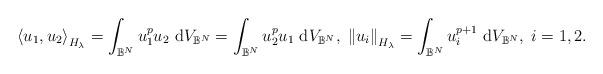
LaTeX: \begin{align*}\left\langle u_{1}, u_{2}\right\rangle_{H_{\lambda}}=\int_{\mathbb{B}^{N}} u_{1}^{p} u_{2} \mathrm{~d} V_{\mathbb{B}^{N}}=\int_{\mathbb{B}^{N}} u_{2}^{p} u_{1} \mathrm{~d} V_{\mathbb{B}^{N}}, \;\left\|u_{i}\right\|_{H_{\lambda}}=\int_{\mathbb{B}^{N}} u_{i}^{p+1} \mathrm{~d} V_{\mathbb{B}^{N}}, \; i=1,2. \end{align*}